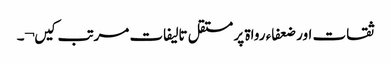
ثقات اور ضعفاء رواۃ پر مستقل تالیفات مرتب کیں¬۔